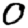
Digit: 0